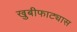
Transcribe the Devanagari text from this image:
खुबीफाट्यास